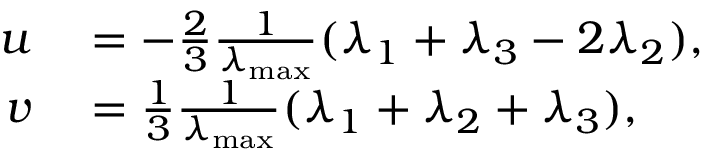
\begin{array} { r l } { u } & { { } = - \frac { 2 } { 3 } \frac { 1 } { \lambda _ { \operatorname* { m a x } } } ( \lambda _ { 1 } + \lambda _ { 3 } - 2 \lambda _ { 2 } ) , } \\ { v } & { { } = \frac { 1 } { 3 } \frac { 1 } { \lambda _ { \operatorname* { m a x } } } ( \lambda _ { 1 } + \lambda _ { 2 } + \lambda _ { 3 } ) , } \end{array}